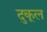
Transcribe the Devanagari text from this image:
दुकूल